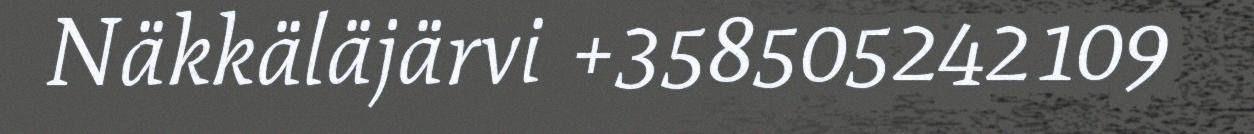
Näkkäläjärvi +358505242109